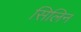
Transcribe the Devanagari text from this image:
सिलिन